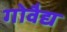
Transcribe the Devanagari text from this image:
गोवैद्य